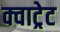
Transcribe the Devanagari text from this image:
क्वाट्रेट